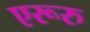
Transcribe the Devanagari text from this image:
एरूरु